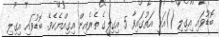
ބޮޑުވައި އިގިލި ()އަކީ އަތުގައިވާ 5 އިގިލީގެ ތެރެއިން އިގިއްޔެކެވެ. ބޮޑުވައި އިގިލި